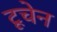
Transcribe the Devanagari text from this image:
टूचेन